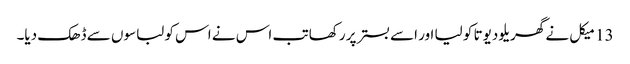
13 میکل نے گھریلو دیوتا کو لیا اور اسے بستر پر رکھا تب اس نے اس کو لباسوں سے ڈھک دیا۔